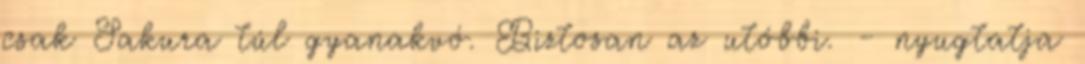
csak Sakura túl gyanakvó. Biztosan az utóbbi. - nyugtatja